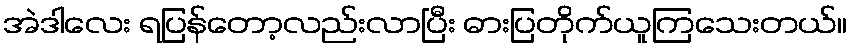
အဲဒါလေး ရပြန်တော့လည်းလာပြီး ဓားပြတိုက်ယူကြသေးတယ်။